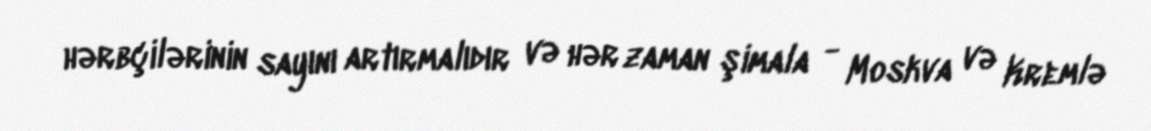
hərbçilərinin sayını artırmalıdır və hər zaman şimala - Moskva və Kremlə